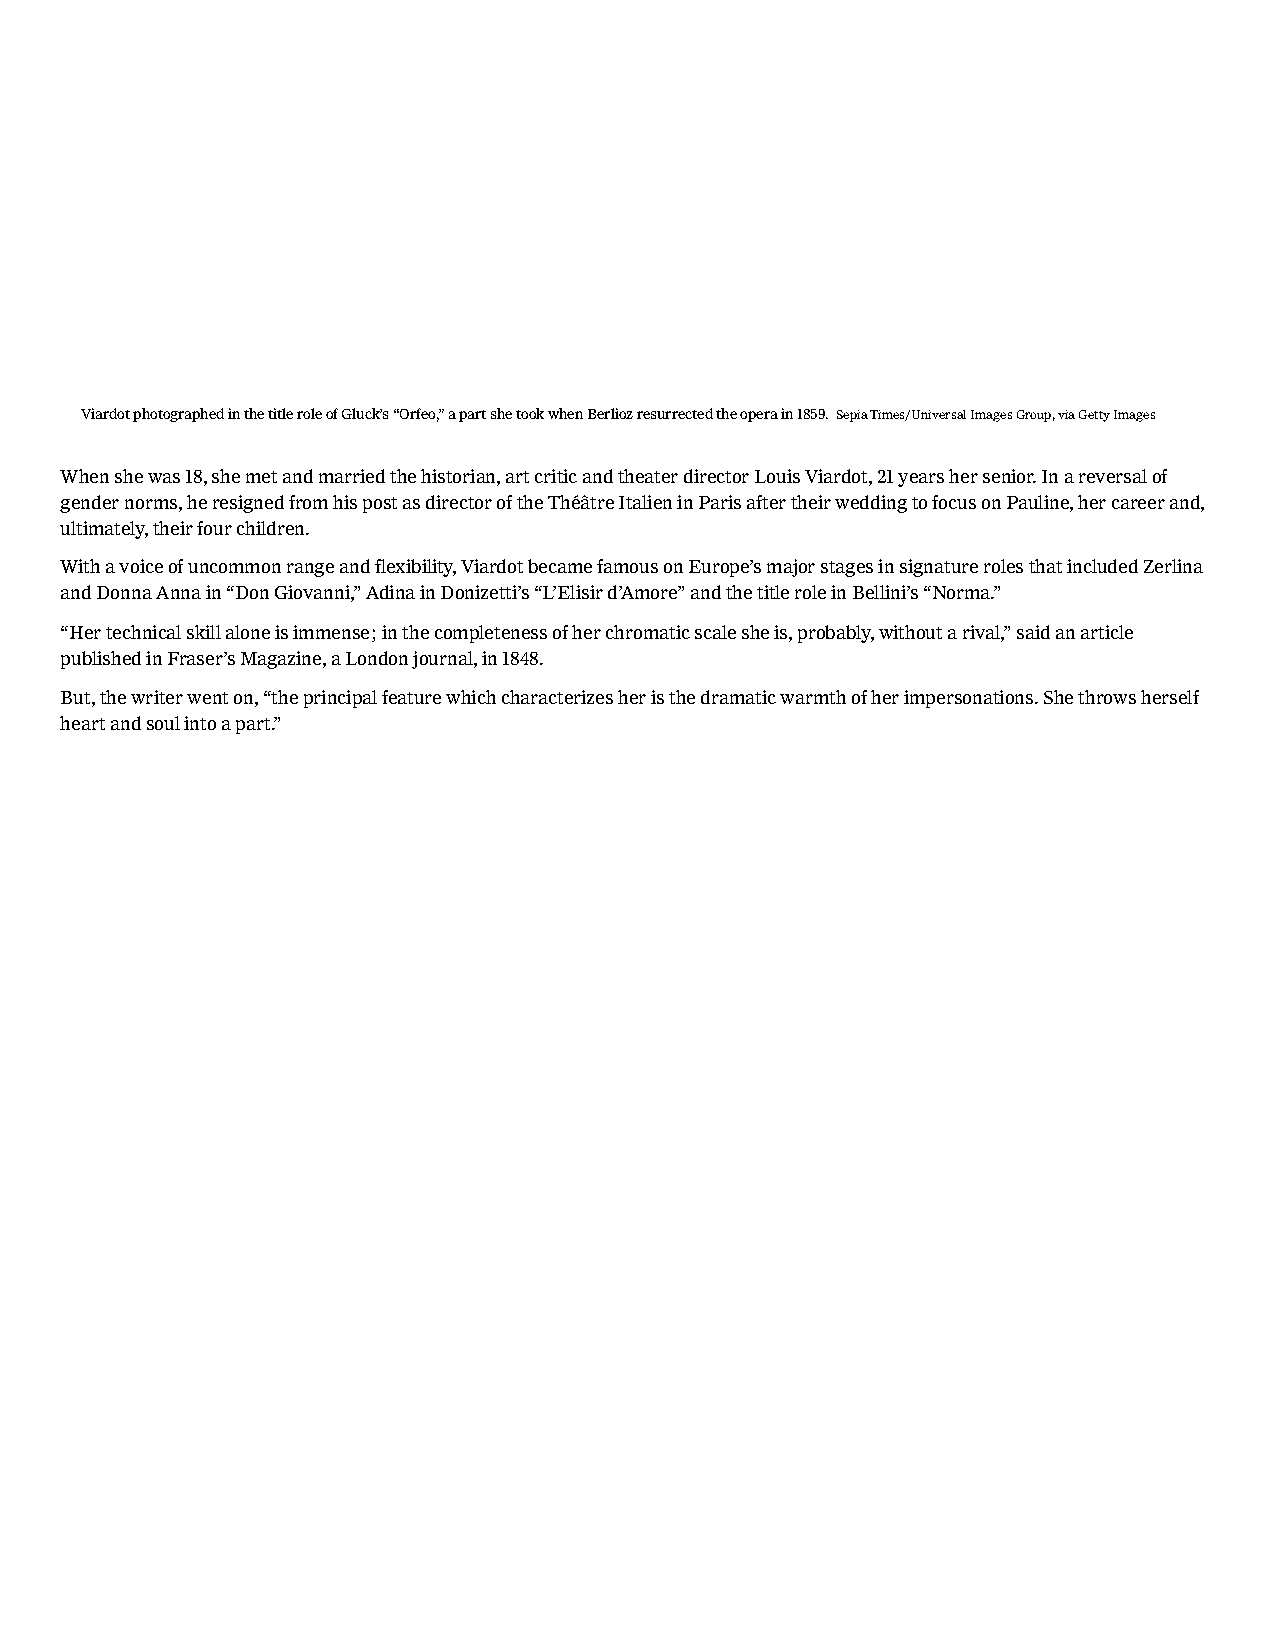
Viardot photographed in the title role of Gluck’s “Orfeo,” a part she took when Berlioz resurrected the opera in 1859. Sepia Times/Universal Images Group, via Getty Images
 When she was 18, she met and married the historian, art critic and theater director Louis Viardot, 21 years her senior. In a reversal of
 gender norms, he resigned from his post as director of the Théâtre Italien in Paris after their wedding to focus on Pauline, her career and,
 ultimately, their four children.
 With a voice of uncommon range and flexibility, Viardot became famous on Europe’s major stages in signature roles that included Zerlina
 and Donna Anna in “Don Giovanni,” Adina in Donizetti’s “L’Elisir d’Amore” and the title role in Bellini’s “Norma.”
 “Her technical skill alone is immense; in the completeness of her chromatic scale she is, probably, without a rival,” said an article
 published in Fraser’s Magazine, a London journal, in 1848.
 But, the writer went on, “the principal feature which characterizes her is the dramatic warmth of her impersonations. She throws herself
 heart and soul into a part.”